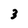
Character: 3